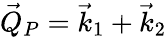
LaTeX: \vec{Q}_{P}=\vec{k}_{1}+\vec{k}_{2}